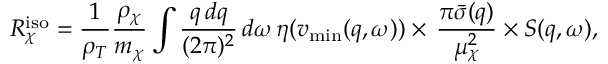
R _ { \chi } ^ { \mathrm { i s o } } = \frac { 1 } { \rho _ { T } } \frac { \rho _ { \chi } } { m _ { \chi } } \int \frac { q \, d q } { ( 2 \pi ) ^ { 2 } } \, d \omega \, \eta ( v _ { \mathrm { m i n } } ( q , \omega ) ) \times \, \frac { \pi \bar { \sigma } ( q ) } { \mu _ { \chi } ^ { 2 } } \times S ( q , \omega ) ,